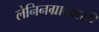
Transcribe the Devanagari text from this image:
लेनिनग्रादवासी